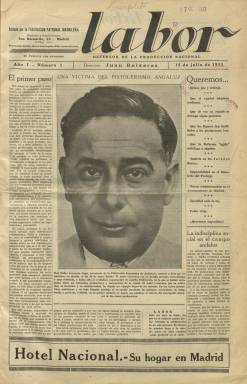
Título: Labor (Madrid. 1933)
Colección: Economía
Ámbito geográfico: Madrid
Lugar de publicación: Madrid
Fechas: 15/07/1933-18/07/1936

Semanario editado por la Federación Patronal Madrileña (FPM) a partir de 15 de julio de 1933. Su redacción y administración estaban ubicadas en la sede de esta organización empresarial, en el número 63 la madrileña calle de San Bernardo, la misma que la del quincenal El Eco patronal, que venía publicándose desde 1922, y seguirá haciéndolo también hasta 1936, como boletín de información de dicha federación y de las otras patronales locales madrileñas. Cada entrega de esta nueva publicación, impresa en buen papel cuché –como señala la prensa coetánea–, comienza siendo de una docena de páginas, compuestas a cinco columnas, para pasar, a partir del número 68, de 17 de noviembre de 1934, a incluir una cubierta ilustrada, aumentar el número de páginas hasta la veintena, e incrementar, así mismo, sus inserciones publicitarias. El diseño de su cubierta será renovado otra vez a partir del número 85, de 16 de marzo de 1935. Cada entrega inserta su sumario.

Hasta comienzos de 1933, José Sánchez Conesa, un viejo militante republicano federal, directivo de la Asociación Nacional de Contratistas de Obras Públicas e histórico presidente de esta patronal, dará paso a nuevos dirigentes de esta federación, integrada en la Confederación Patronal Española (CPE), que le imprimirán “una mayor radicalización” (Mercedes Cabrera). Agrupaba, principalmente, a las empresas del gremio de la construcción, pues había nacido en el seno de una sociedad de contratistas y aparejadores, convirtiéndose en el periodo republicano en la más numerosa y combativa, aunque no gozase de existencia legal, pues no estaba dada de alta en el registro de asociaciones (marzo de 1934). Ya el citado El Eco patronal fue continuación de la anterior revista El Eco de la construcción (1908), y Labor estará dirigida por quien era el secretario de esta patronal madrileña, el industrial Juan Baixeras Prados, que a su vez era el presidente de la Sociedad de Maestros Pintores La Unión. La federación estuvo presidida, por Anastasio Gómez Román. Sánchez Conesa será uno de los principales colaboradores de la revista, y Juan Franzi Novell será secretario de la revista.

La revista nace en “horas de inquietud y zozobra para la economía nacional”, comienza diciendo el artículo de salutación, erigiéndose como “defensora de las clases productoras, que un sectarismo desenfrenado ha colocado al borde de la ruina y al margen de toda protección oficial”, se añade en el mismo. Tanto el título elegido –Labor– como el epíteto de “clases productoras” contra “elementos” obreros, como tilda a los trabajadores, forman parte de una dialéctica que dio cabida a una franca hostilidad o enfrentamiento (Santos Juliá: 1882) de la revista de la patronal, con contenidos destinados a ofrecer una resistencia al marco de las relaciones laborales y la nueva política social que estaban siendo impulsadas por el gobierno radical-socialista.

De tal forma se mostraba con diáfana claridad esta radicalización patronal, que ya desde su primer número dedicará especial crítica a los jurados mixtos en un artículo que titula: “La dictadura socialista en los jurados mixtos”, que firma el propio Baixeras, que, por otra parte, era el representante de la patronal de la construcción en estos órganos que arbitraban la solución a los conflictos laborales. En su artículo de presentación dirá al respecto: “No somos enemigos de los Jurados mixtos, cuya subsistencia consideramos lícita y conveniente; pero sí combatimos y combatiremos a quienes convierten el Jurado mixto en una organización antipatronal”.

“Defensor de la producción nacional”, será su subtítulo, añadiendo pronto a la cabecera el lema “orden, paz y trabajo”, por este orden. Ya la primera plana de su primer número la dedica a dar cuenta del asesinato del secretario de la patronal sevillana, Pedro Caravaca Rogé, con su retrato y bajo el título: Una víctima del pistolerismo andaluz. En páginas interiores también, bajo el epígrafe El bandidaje en Madrid, da cuenta así mismo de que “varios pistoleros atracan a los pagadores de dos entidades industriales madrileñas”, uniendo estos sucesos a una amplia sección que, con la indicación “cifras y hechos sin comentarios”, da cuenta de una larguísima lista de hechos que titula: El trágico balance de la indisciplina social durante el primer semestre del año en curso, cuyo resultado resume en más de 102 muertos y 140 heridos, y la explosión de 156 bombas e incautación de otras 538, estadística que tendrá continuación en una sección propia –De miércoles a miércoles– titulada La semana terrorista en España.

Entre los eslóganes que inserta repartidos por las diferentes páginas, la revista indicará: Odiamos la lucha de clases convertida en lucha fratricida. ¡Obreros! Al atacar la Economía Nacional labráis vuestra propia ruina… Buena producción y buen salario. Este debe ser el lema de todos. Pero al mismo tiempo dedicará también un gran alarde informativo y doctrinal, cuando sea reducida, de las 48, a las 44 horas la semana laboral durante el gobierno radical-cedista, en marzo de 1934, mientras que los sindicatos obreros habían reivindicado la de 40 horas. A esta reducción de jornada, la propia revista la acusará de ser causante de la ruina empresarial y de la falta de producción nacional.

Además de los artículos doctrinales y también técnicos y los textos dedicados a la conflictividad laboral, la revista destina otra parte de sus contenidos al ámbito municipal madrileño, atacando así mismo al gobierno en el ayuntamiento, en el que el sector de la construcción tenía un interés profesional directo junto a arquitectos y aparejadores. A ello añade una sección denominada Semana de la Gaceta, para dar cuenta de subastas, concursos o adjudicaciones de obras. En las últimas páginas incluye una crónica semanal de Tauromaquia y secciones de Teatro, Deportes y Cinematografía, que firma Víctor Ruiz Iriarte. Así mismo, introducirá otras bajo el epígrafe Notas financieras y Mercados, y publica un Directorio profesional. También tiene otra sección que denomina Humor ajeno, de chistes gráficos, y otra dedicada a comentarios de noticias publicadas por la prensa. La revista estará ilustrada también con fotograbados, en los que resaltan los retratos de dirigentes empresariales o de las diferentes asambleas que celebra la patronal, que también llevará a insertar en la cubierta, junto a edificios madrileños recién construidos o en construcción, que se convertirán en emblemáticos de la historia urbanística madrileña, y que también sitúa ilustrando algunas de sus cubiertas.

Muchos de sus artículos rezuman un acusado reaccionarismo social y político, sobre todo antisocialista, y aunque también había mostrado su intención de convertir la revista en un diario –hecho que no ocurrirá – y en que había advertido que ni pertenecía ni pertenecerá a ninguno de “los partidos que en estos instantes se disputan la hegemonía política del país”, difundirá también en sus páginas (2 de febrero de 1935) el artículo de Ernesto Giménez Caballero, en el que se propuso la creación del Partido Económico de Patronos Españoles (PEPE). En concreto, frente a las posturas adoptadas por esta revista de la FPM, véase el órgano de la Federación de Obreros de la Industria de la Edificación de Madrid, adscrita a la UGT, publicado bajo los títulos El Trabajo y La Edificación, editados, seguidamente, desde 1908 hasta 1936. Labor apareció cada sábado y el 155 es su último número, correspondiente, precisamente, al 18 de julio de 1936. La principal bibliografía sobre la historia de las patronales durante el periodo republicano corresponde a la de Mercedes Cabrera.